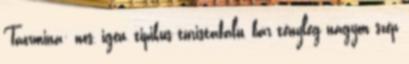
Taormina: nos, igen, tipikus turistafalu, bár tényleg nagyon szép